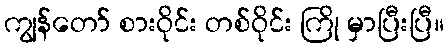
ကျွန်တော် စားဝိုင်း တစ်ဝိုင်း ကြို မှာပြီးပြီ။